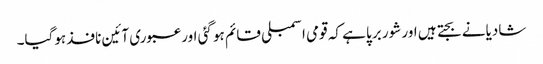
شادیانے بجتے ہیں اور شور برپا ہے کہ قومی اسمبلی قائم ہو گئی اور عبوری آئین نافذ ہوگیا۔